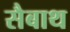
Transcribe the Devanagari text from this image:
सैबाथ